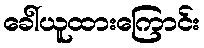
ခေါ်ယူထားကြောင်း